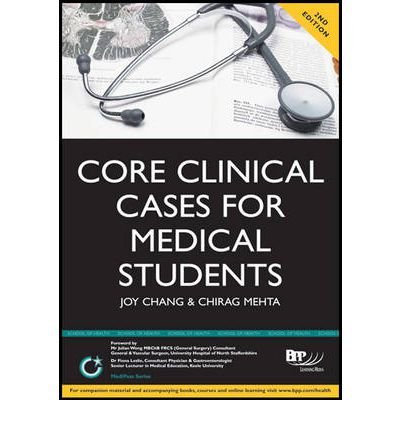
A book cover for Core Clinical Cases for Medical Students: A Problem Based Learning Approach for Succeeding at Medical School (MediPass Series) (Paperback) - Common; By (author) Joy Chang; Education & Teaching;